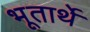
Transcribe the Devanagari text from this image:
भूतार्थे